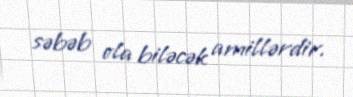
səbəb ola biləcək amillərdir.